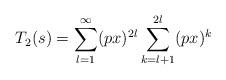
LaTeX: \begin{align*}T_2(s) = \sum_{l=1}^{\infty} (px)^{2l} \sum_{k=l+1}^{2l}(px)^k\end{align*}